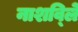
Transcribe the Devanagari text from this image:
नाशवि्ले